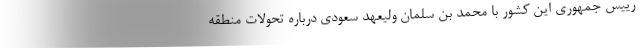
رییس جمهوری این کشور با محمد بن سلمان ولیعهد سعودی درباره تحولات منطقه